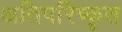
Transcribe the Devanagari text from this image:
अतिपरिष्कृत